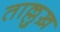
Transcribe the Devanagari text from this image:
ताल्लुख़